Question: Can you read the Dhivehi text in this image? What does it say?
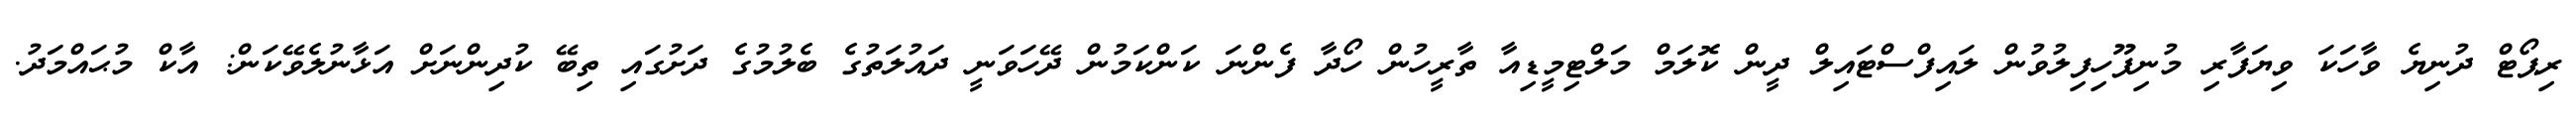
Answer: ރިޕޯޓް ދުނިޔެ ވާހަކަ ވިޔަފާރި މުނިފޫހިފިލުވުން ލައިފްސްޓައިލް ދީން ކޮލަމް މަލްޓިމީޑިއާ ތާރީހުން ހޯދާ ފެންނަ ކަންކަމުން ދޭހަވަނީ ދައުލަތުގެ ބެލުމުގެ ދަށުގައި ތިބޭ ކުދިންނަށް އަޅާނުލެވޭކަން: އާކް މުޙައްމަދު.